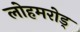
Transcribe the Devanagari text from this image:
लोहमरोड्